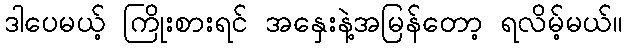
ဒါပေမယ့် ကြိုးစားရင် အနှေးနဲ့အမြန်တော့ ရလိမ့်မယ်။